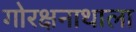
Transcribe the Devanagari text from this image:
गोरक्षनाथाला